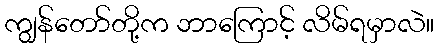
ကျွန်တော်တို့က ဘာကြောင့် လိမ်ရမှာလဲ။